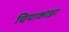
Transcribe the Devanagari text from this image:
चियाकाइर